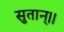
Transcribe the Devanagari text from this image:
सुतान्।।